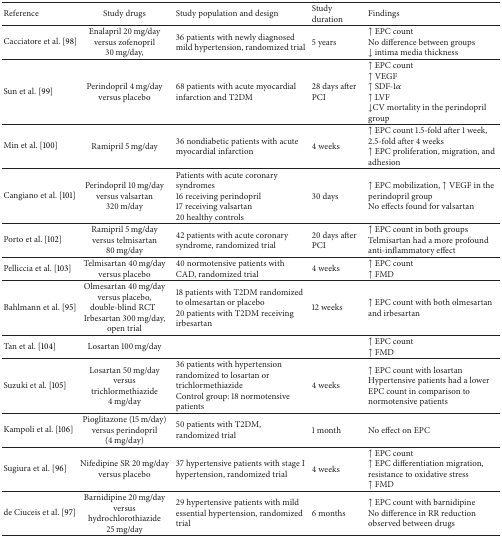
<table><thead><tr><td><b>Reference</b></td><td><b>Study drugs</b></td><td><b>Study population and design</b></td><td><b>Study duration</b></td><td><b>Findings</b></td></tr></thead><tbody><tr><td>Cacciatore et al. [98]</td><td>Enalapril 20 mg/day versus zofenopril 30 mg/day, </td><td>36 patients with newly diagnosed mild hypertension, randomized trial</td><td>5 years</td><td>↑ EPC countNo difference between groups↓ intima media thickness </td></tr><tr><td>Sun et al. [99]</td><td>Perindopril 4 mg/day versus placebo</td><td>68 patients with acute myocardial infarction and T2DM</td><td>28 days after PCI</td><td>↑ EPC count↑ VEGF↑ SDF-1<i>α</i>↑ LVF↓CV mortality in the perindopril group</td></tr><tr><td>Min et al. [100]</td><td>Ramipril 5 mg/day</td><td>36 nondiabetic patients with acute myocardial infarction</td><td>4 weeks</td><td>↑ EPC count 1.5-fold after 1 week, 2.5-fold after 4 weeks↑ EPC proliferation, migration, and adhesion</td></tr><tr><td>Cangiano et al. [101]</td><td>Perindopril 10 mg/day versus valsartan 320 m/day </td><td>Patients with acute coronary syndromes16 receiving perindopril17 receiving valsartan20 healthy controls</td><td>30 days</td><td>↑ EPC mobilization, ↑ VEGF in the perindopril groupNo effects found for valsartan</td></tr><tr><td>Porto et al. [102]</td><td>Ramipril 5 mg/day versus telmisartan 80 mg/day</td><td>42 patients with acute coronary syndrome, randomized trial</td><td>20 days after PCI</td><td>↑ EPC count in both groups Telmisartan had a more profound anti-inflammatory effect</td></tr><tr><td>Pelliccia et al. [103]</td><td>Telmisartan 40 mg/day versus placebo</td><td>40 normotensive patients with CAD, randomized trial</td><td>4 weeks</td><td>↑ EPC count↑ FMD </td></tr><tr><td>Bahlmann et al. [95]</td><td>Olmesartan 40 mg/day versus placebo, double-blind RCTIrbesartan 300 mg/day, open trial</td><td>18 patients with T2DM randomized to olmesartan or placebo20 patients with T2DM receiving irbesartan</td><td>12 weeks</td><td>↑ EPC count with both olmesartan and irbesartan </td></tr><tr><td>Tan et al. [104]</td><td>Losartan 100 mg/day</td><td> </td><td> </td><td>↑ EPC count↑ FMD</td></tr><tr><td>Suzuki et al. [105]</td><td>Losartan 50 mg/day versus trichlormethiazide 4 mg/day</td><td>36 patients with hypertension randomized to losartan or trichlormethiazideControl group: 18 normotensive patients</td><td>4 weeks</td><td>↑ EPC count with losartanHypertensive patients had a lower EPC count in comparison to normotensive patients</td></tr><tr><td>Kampoli et al. [106]</td><td>Pioglitazone (15 m/day) versus perindopril (4 mg/day)</td><td>50 patients with T2DM, randomized trial</td><td>1 month</td><td>No effect on EPC</td></tr><tr><td>Sugiura et al. [96]</td><td>Nifedipine SR 20 mg/day versus placebo</td><td>37 hypertensive patients with stage I hypertension, randomized trial</td><td>4 weeks</td><td>↑ EPC count↑ EPC differentiation migration, resistance to oxidative stress↑ FMD</td></tr><tr><td>de Ciuceis et al. [97]</td><td>Barnidipine 20 mg/day versus hydrochlorothiazide 25 mg/day</td><td>29 hypertensive patients with mild essential hypertension, randomized trial</td><td>6 months</td><td>↑ EPC count with barnidipineNo difference in RR reduction observed between drugs</td></tr></tbody></table>